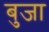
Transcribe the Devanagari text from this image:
बुजा